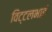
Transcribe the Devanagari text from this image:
विट्टलभाई